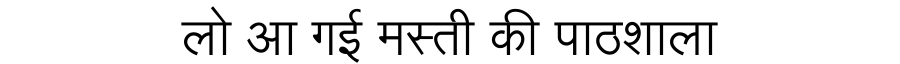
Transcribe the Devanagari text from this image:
लो आ गई मस्ती की पाठशाला